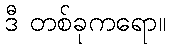
ဒီ တစ်ခုကရော။